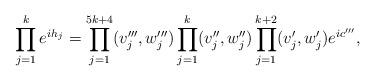
LaTeX: \begin{align*}\prod_{j=1}^k e^{ih_j}=\prod_{j=1}^{5k+4} (v_j''',w_j''')\prod_{j=1}^{k}(v_j'',w_j'')\prod_{j=1}^{k+2} (v_j',w_j')e^{ic'''},\end{align*}